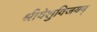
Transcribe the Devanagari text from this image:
श्रीयेशुविजयम्